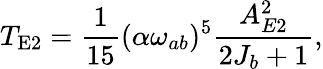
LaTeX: T_{\mathrm{E2}}=\frac{1}{15}(\alpha\omega_{ab})^{5}\frac{A_{E2}^{2}}{2J_{b}+1},